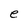
Character: e